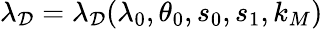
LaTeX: \lambda_{\mathcal{D}}=\lambda_{\mathcal{D}}(\lambda_{0},\theta_{0},s_{0},s_{1},k_{M})